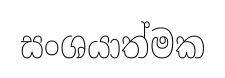
සංශයාත්මක